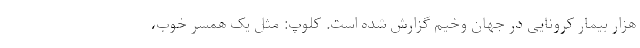
هزار بیمار کرونایی در جهان وخیم گزارش شده است. کلوپ: مثل یک همسر خوب،